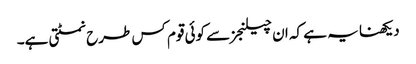
دیکھنا یہ ہے کہ ان چیلنجز سے کوئی قوم کس طرح نمٹتی ہے۔